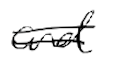
Text: and
Cross-out: double-line
Writing tool: digital_black